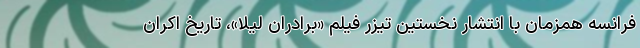
فرانسه همزمان با انتشار نخستین تیزر فیلم «برادران لیلا»، تاریخ اکران